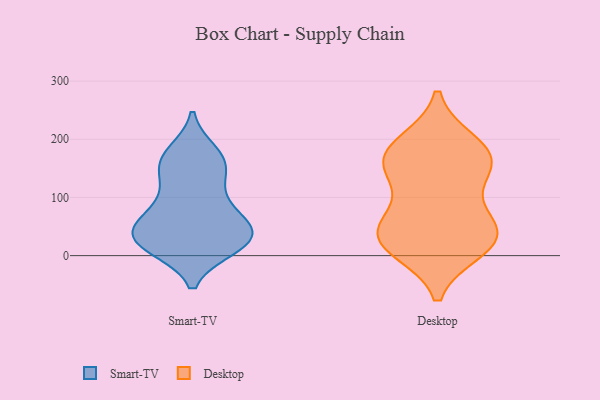
{"axis": {"x": "Headcount", "y": "Value"}, "legend": ["Desktop", "Smart-TV"], "data": [{"x": "", "y": 65, "type": "Smart-TV"}, {"x": "", "y": 60, "type": "Smart-TV"}, {"x": "", "y": 164, "type": "Smart-TV"}, {"x": "", "y": 176, "type": "Smart-TV"}, {"x": "", "y": 30, "type": "Smart-TV"}, {"x": "", "y": 86, "type": "Smart-TV"}, {"x": "", "y": 165, "type": "Smart-TV"}, {"x": "", "y": 27, "type": "Smart-TV"}, {"x": "", "y": 49, "type": "Smart-TV"}, {"x": "", "y": 23, "type": "Smart-TV"}, {"x": "", "y": 17, "type": "Smart-TV"}, {"x": "", "y": 43, "type": "Smart-TV"}, {"x": "", "y": 25, "type": "Smart-TV"}, {"x": "", "y": 15, "type": "Smart-TV"}, {"x": "", "y": 106, "type": "Smart-TV"}, {"x": "", "y": 137, "type": "Smart-TV"}, {"x": "", "y": 155, "type": "Smart-TV"}, {"x": "", "y": 26, "type": "Desktop"}, {"x": "", "y": 188, "type": "Desktop"}, {"x": "", "y": 155, "type": "Desktop"}, {"x": "", "y": 193, "type": "Desktop"}, {"x": "", "y": 157, "type": "Desktop"}, {"x": "", "y": 50, "type": "Desktop"}, {"x": "", "y": 79, "type": "Desktop"}, {"x": "", "y": 18, "type": "Desktop"}, {"x": "", "y": 162, "type": "Desktop"}, {"x": "", "y": 36, "type": "Desktop"}, {"x": "", "y": 12, "type": "Desktop"}, {"x": "", "y": 42, "type": "Desktop"}, {"x": "", "y": 148, "type": "Desktop"}]}